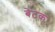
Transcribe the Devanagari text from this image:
बेटक